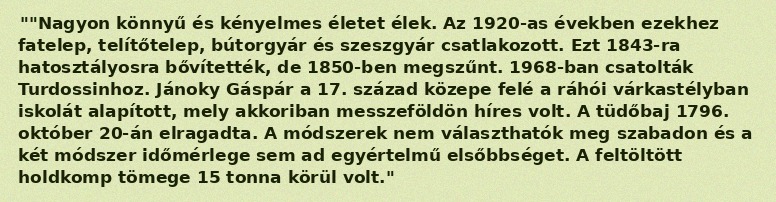
""Nagyon könnyű és kényelmes életet élek. Az 1920-as években ezekhez fatelep, telítőtelep, bútorgyár és szeszgyár csatlakozott. Ezt 1843-ra hatosztályosra bővítették, de 1850-ben megszűnt. 1968-ban csatolták Turdossinhoz. Jánoky Gáspár a 17. század közepe felé a ráhói várkastélyban iskolát alapított, mely akkoriban messzeföldön híres volt. A tüdőbaj 1796. október 20-án elragadta. A módszerek nem választhatók meg szabadon és a két módszer időmérlege sem ad egyértelmű elsőbbséget. A feltöltött holdkomp tömege 15 tonna körül volt."